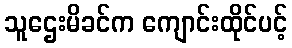
သူဌေးမိခင်က ကျောင်းထိုင်ပင့်